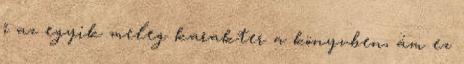
ő az egyik meleg karakter a könyvben, ám ez